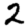
Digit: 2